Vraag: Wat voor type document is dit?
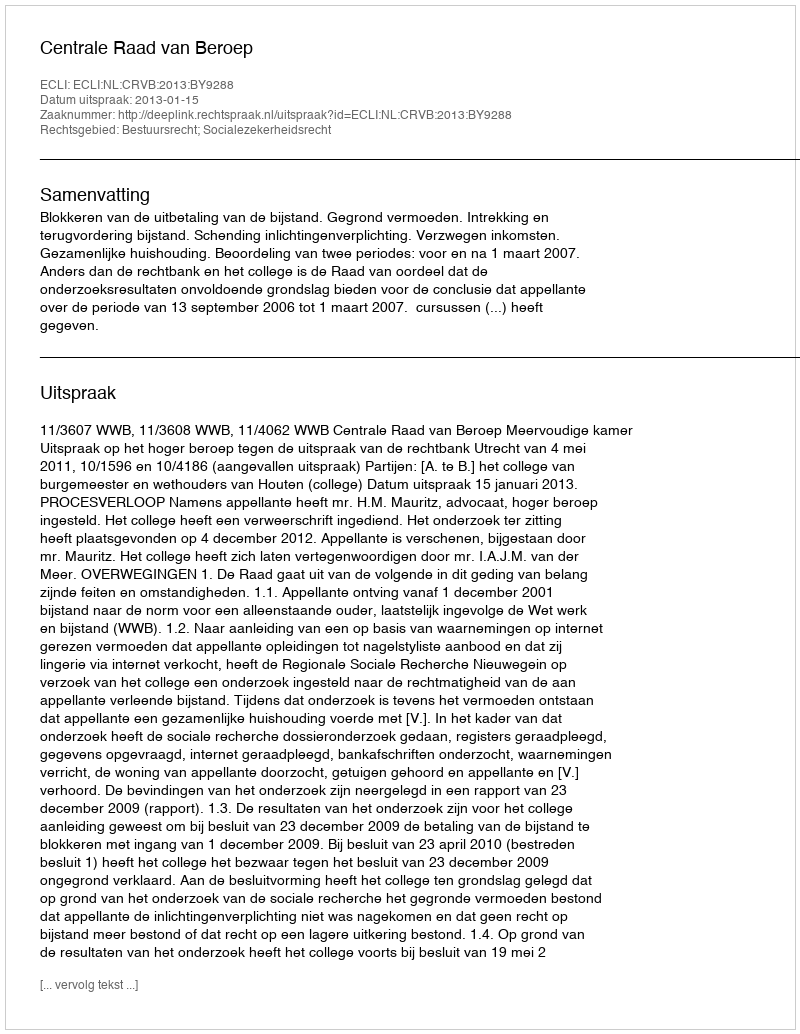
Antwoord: Uitspraak